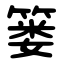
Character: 篓